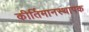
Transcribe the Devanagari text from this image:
कीर्तिमानस्थापक